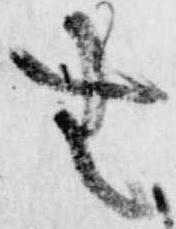
無